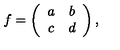
f = \left( \begin{array} { c c } { a } & { b } \\ { c } & { d } \\ \end{array} \right) ,